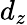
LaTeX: d_{z}